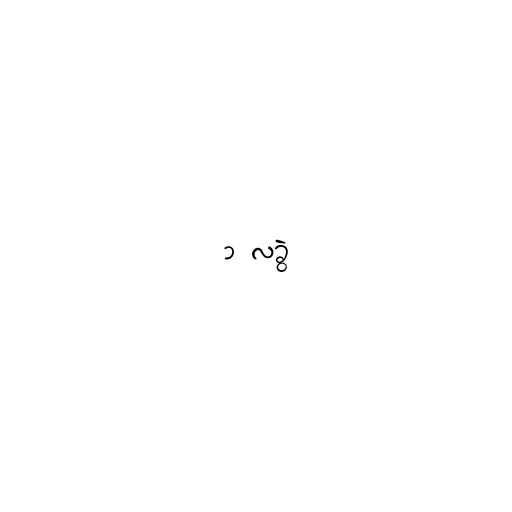
၁ လခွဲ